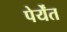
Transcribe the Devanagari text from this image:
पेर्येंत